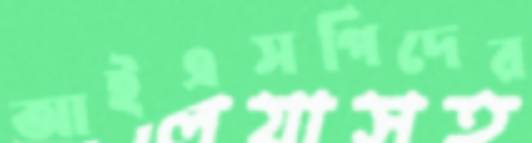
আইএসপিদের